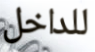
للداخل